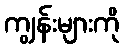
ကျွန်းများကို